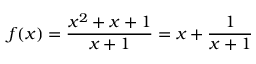
f ( x ) = { \frac { x ^ { 2 } + x + 1 } { x + 1 } } = x + { \frac { 1 } { x + 1 } }